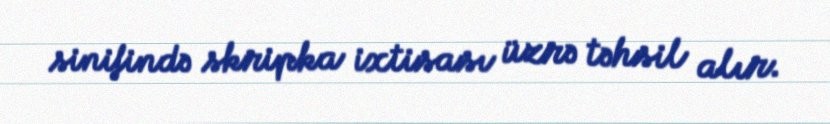
sinifində skripka ixtisası üzrə təhsil alır.